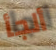
ألجأ